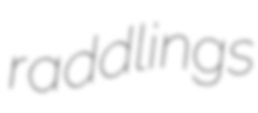
raddlings